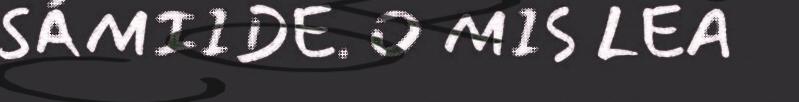
SÁMIIDE. O MIS LEA